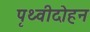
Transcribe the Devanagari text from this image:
पृथ्वीदोहन